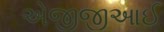
એજીજીઆઈ